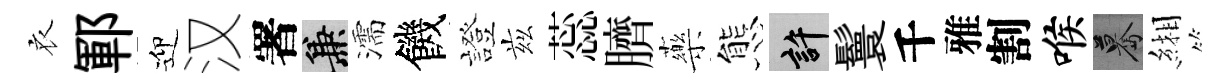
衣鄆迎汉署兼濡饑證兹蕊臍藥態許鬟千雅割喉驀緗